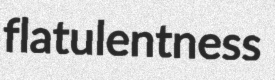
flatulentness